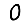
Digit: 0